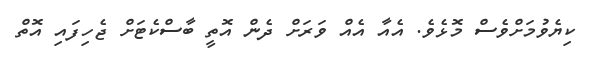
ކިޔެވުމަށްވެސް މޮޅެވެ. އެއާ އެއް ވަރަށް ދެން އޮތީ ބާސްކެޓަށް ޖެހިފައި އޮތް